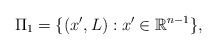
\begin{align*}\Pi_{1}= \{(x',L):x'\in\mathbb{R}^{n-1}\},\end{align*}